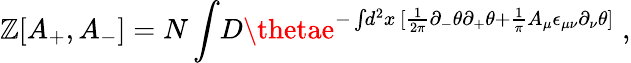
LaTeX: \mathbb{Z}[A_{+},A_{-}]=N\int\! D\thetae^{-\int\! d^{2}x\, [\frac{{1}}{{2\pi}}\partial_{-}\theta\partial_{+}\theta+\frac{{1}}{{\pi}}A_{\mu}\epsilon_{\mu\nu}\partial_{\nu}\theta]}\; ,